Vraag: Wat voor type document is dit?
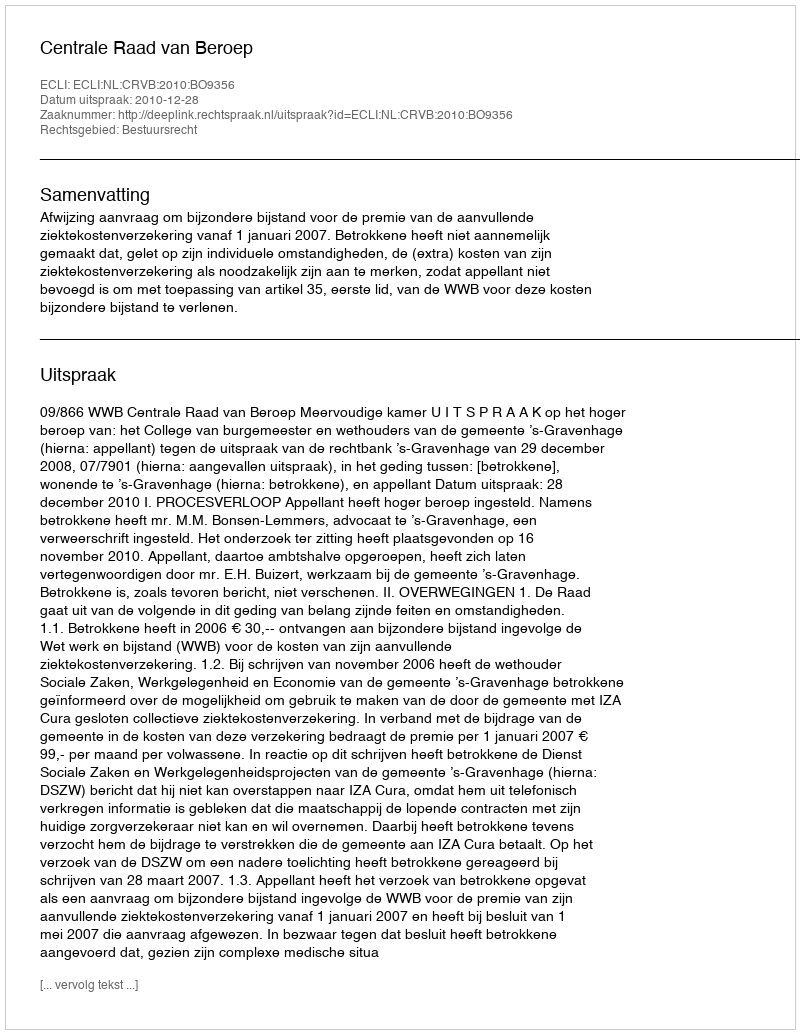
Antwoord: Uitspraak